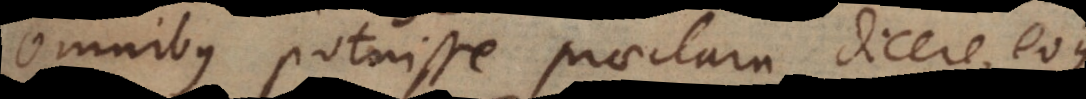
omnibus potuisse praeclara dicere, eoque